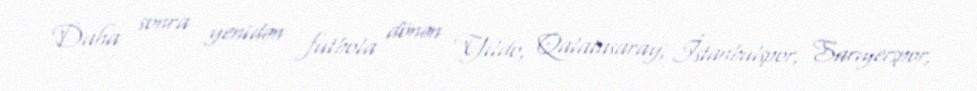
Daha sonra yenidən futbola dönən Yıldo, Qalatasaray, İstanbulspor, Sarıyerspor,